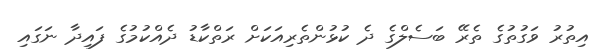
އިތުރު ވަގުތުގެ ތެރޭ ބަސެލްގެ ދެ ކުޅުންތެރިއަކަށް ރަތްކާޑު ދެއްކުމުގެ ފައިދާ ނަގައި